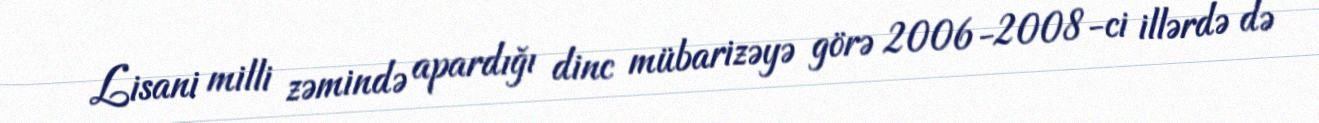
Lisani milli zəmində apardığı dinc mübarizəyə görə 2006-2008-ci illərdə də